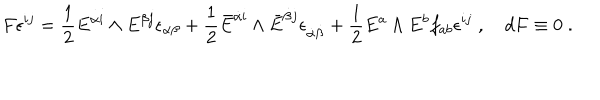
LaTeX: F \epsilon ^ { i j } = { \frac { 1 } { 2 } } E ^ { { \alpha } i } \wedge E ^ { { \beta } j } \epsilon _ { { \alpha } { \beta } } + { \frac { 1 } { 2 } } \bar { E } ^ { \dot { \alpha } i } \wedge \bar { E } ^ { \dot { \beta } j } \epsilon _ { \dot { \alpha } \dot { \beta } } + { \frac { 1 } { 2 } } E ^ { a } \wedge E ^ { b } f _ { a b } \epsilon ^ { i j } \; , \quad d F \equiv 0 \; .